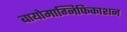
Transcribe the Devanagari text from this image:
बायोमाग्निफिकाशन